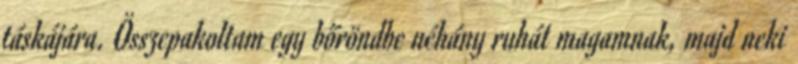
táskájára. Összepakoltam egy bőröndbe néhány ruhát magamnak, majd neki